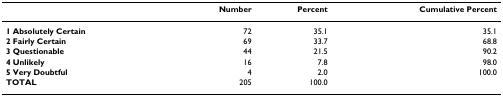
|  | Number | Percent | Cumulative Percent |
 | --- | --- | --- | --- |
 | 1 Absolutely Certain | 72 | 35.1 | 35.1 |
 | 2 Fairly Certain | 69 | 33.7 | 68.8 |
 | 3 Questionable | 44 | 21.5 | 90.2 |
 | 4 Unlikely | 16 | 7.8 | 98.0 |
 | 5 Very Doubtful | 4 | 2.0 | 100.0 |
 | TOTAL | 205 | 100.0 |  |